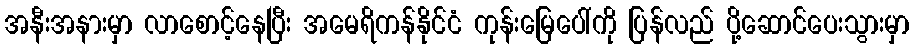
အနီးအနားမှာ လာစောင့်နေပြီး အမေရိကန်နိုင်ငံ ကုန်းမြေပေါ်ကို ပြန်လည် ပို့ဆောင်ပေးသွားမှာ